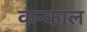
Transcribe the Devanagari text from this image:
कन्काल